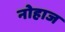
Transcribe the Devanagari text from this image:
नोहाज